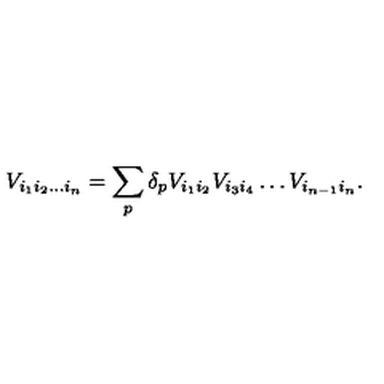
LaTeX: V _ { i _ { 1 } i _ { 2 } \ldots i _ { n } } = \sum _ { p } \delta _ { p } V _ { i _ { 1 } i _ { 2 } } V _ { i _ { 3 } i _ { 4 } } \ldots V _ { i _ { n - 1 } i _ { n } } .